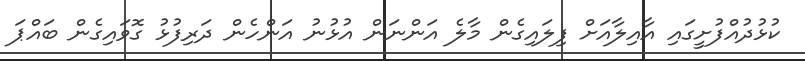
ކުޅުދުއްފުށީގައި އާއިލާއަށް ފިލައިގެން މާލެ އަންނަން އުޅުނު އަންހެން ދަރިފުޅު ގޮވައިގެން ބައްޕަ